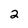
Character: 2